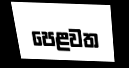
පෙළවත